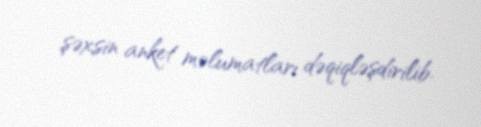
şəxsin anket məlumatları dəqiqləşdirilib.